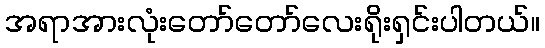
အရာအားလုံးတော်တော်လေးရိုးရှင်းပါတယ်။